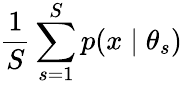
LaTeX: \frac{1}{S}\sum_{s=1}^{S}p(x\mid\theta_{s})